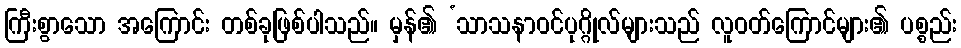
ကြီးစွာသော အကြောင်း တစ်ခုဖြစ်ပါသည်။ မှန်၏ ‘သာသနာဝင်ပုဂ္ဂိုလ်များသည် လူဝတ်ကြောင်များ၏ ပစ္စည်း